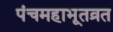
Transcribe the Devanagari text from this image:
पंचमहाभूतव्रत